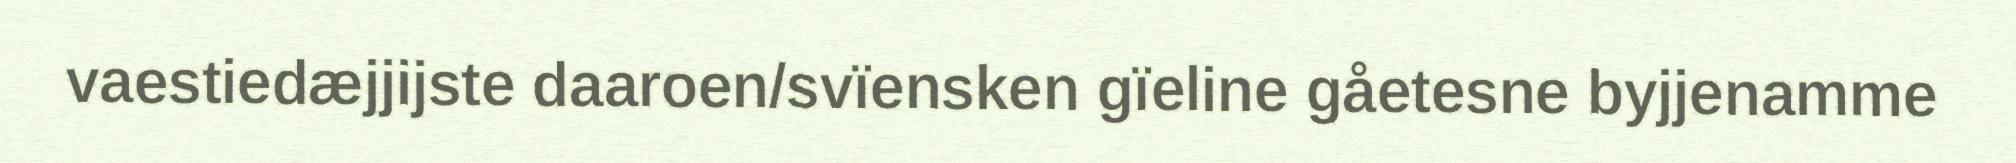
vaestiedæjjijste daaroen/svïensken gïeline gåetesne byjjenamme